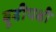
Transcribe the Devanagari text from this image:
बूबीपक्षी